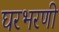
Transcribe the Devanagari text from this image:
घरभरणी